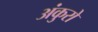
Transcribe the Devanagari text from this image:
अंकुरो